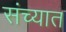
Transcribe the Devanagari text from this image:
संच्यात